talulepingud_et, lk 3
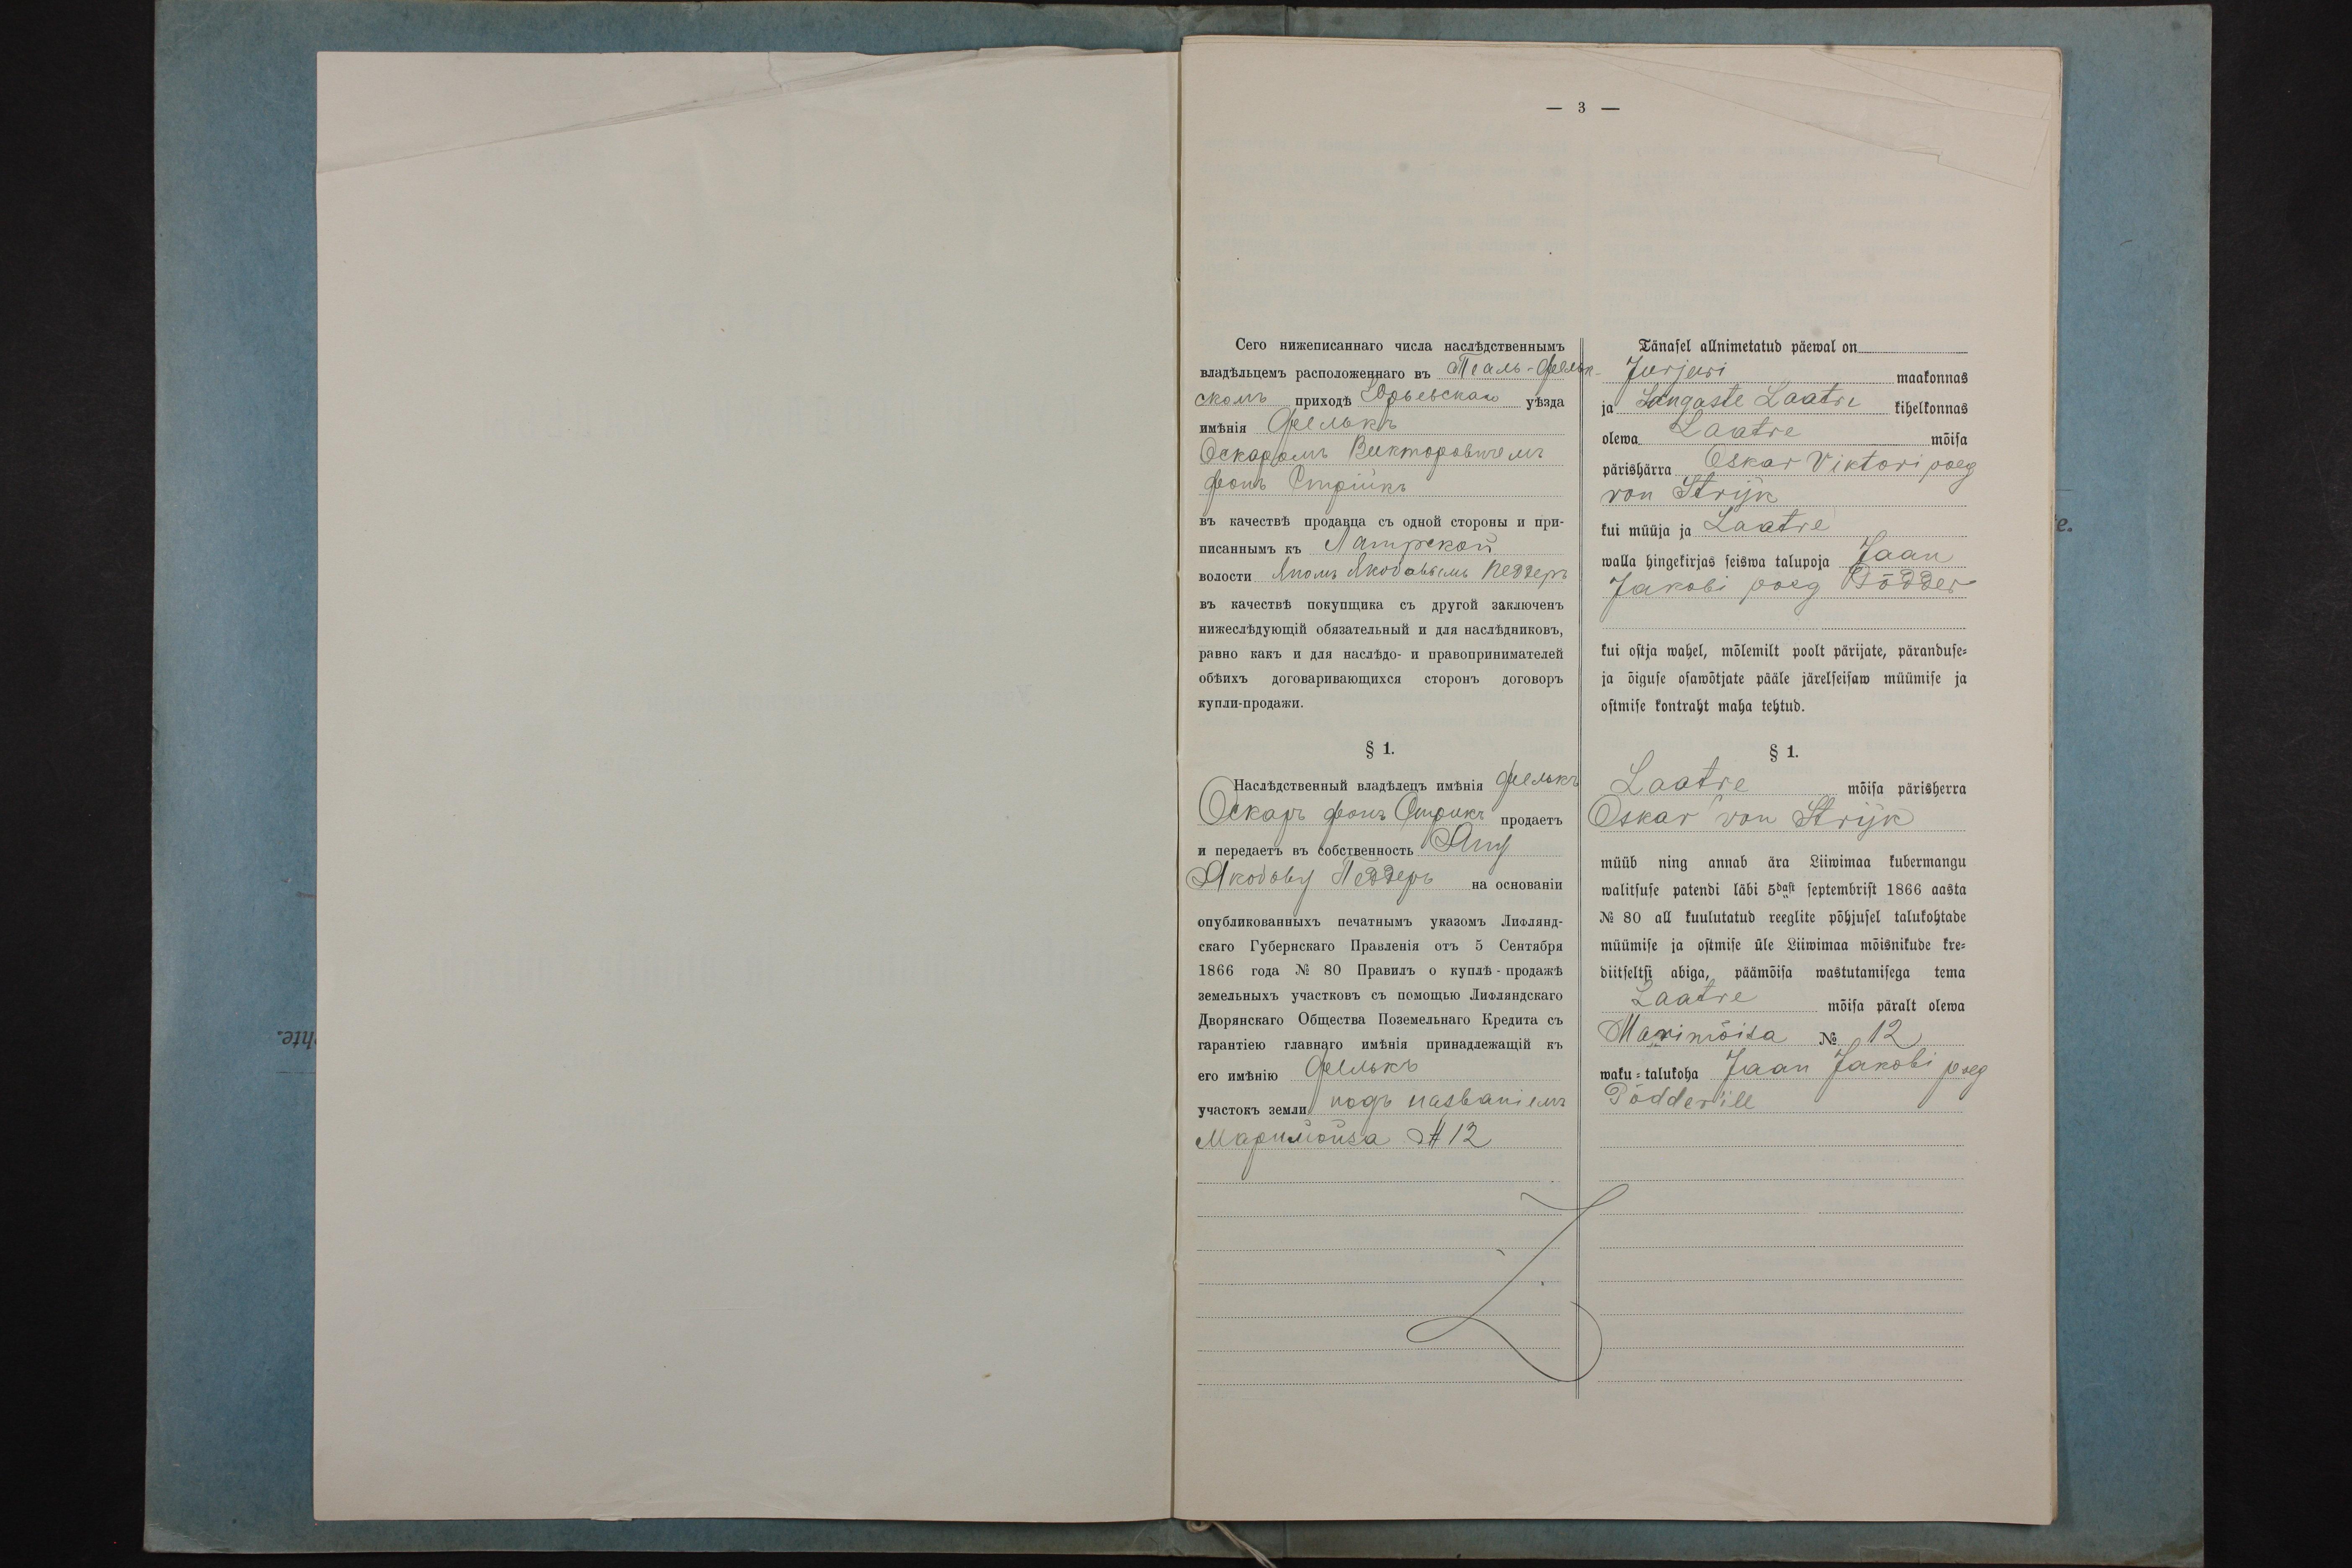
Tänase allnimetatud päewal on
Jurjewi maakonnas
ja Sangaste Laatre kihelkonnas
olewa Laatre mõisa
pärishärra Oskar Viktori poeg
von Stryk
kui müüja ja Laatre
walla hingekirjas seiswa talupoja Jaan
Jakobi poeg Põdder
kui ostja wahel, mõlemilt poolt pärijate, päranduse-
ja õiguse osawõtjate pääle järelseisaw müümise ja
ostmise kontraht maha tehtud.
§ 1.
Laatre mõisa pärisherra
Oskar von Stryk
müüb ning annab ära Liiwimaa kubermangu
walitsuse patendi läbi 5dast septembrist 1866 aasta
No 80 all kuulutatud reeglite põhjusel talukohtade
müümise ja ostmise üle Liiwimaa mõisnikude kre-
diitseltsi abiga, päämõisa wastutamisega tema
Laatre mõisa päralt olewa
Marimõisa No 12
waku-talukoha Jaan Jakobi poeg
Põdder'ile